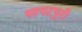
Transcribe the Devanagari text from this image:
थापटपुरी